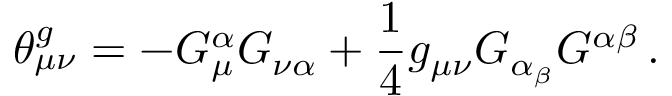
\theta _ { \mu \nu } ^ { g } = - G _ { \mu } ^ { \alpha } G _ { \nu \alpha } + \frac { 1 } { 4 } g _ { \mu \nu } G _ { { \alpha _ { \beta } } } G ^ { \alpha \beta } { } \, .